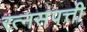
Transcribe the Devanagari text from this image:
रत्नसंपत्ती